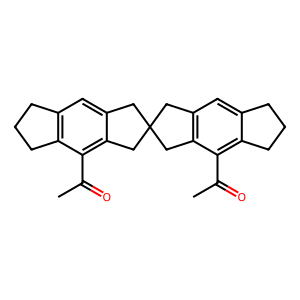
SMILES: CC(=O)c1c2c(cc3c1CC1(C3)Cc3cc4c(c(C(C)=O)c3C1)CCC4)CCC2
Inhibits HIV replication: No